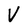
Character: V